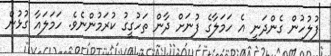
ފުލުހުން ގެންދަނީ އެ ހަމަލާގެ ފުނަށް ދާން ތަހުގީގު ކުރަމުންނެވެ. ހަމަލައާ ގުޅުން